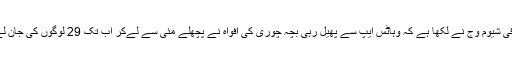
صحافی شیوم وج نے لکھا ہے کہ وہاٹس ایپ سے پھیل رہی بچہ چوری کی افواہ نے پچھلے مئی سے لےکر اب تک 29 لوگوں کی جان لے لی۔